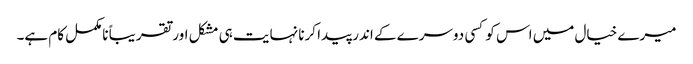
میرے خیال میں اس کو کسی دوسرے کے اندر پیدا کرنا نہایت ہی مشکل اور تقریباً نامکمل کام ہے۔